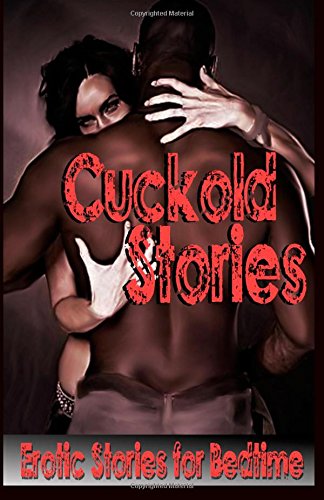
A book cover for Cuckold Stories: Erotic Stories for Bedtime; Emily Jepson; Romance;